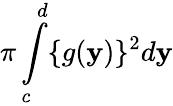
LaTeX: \pi\int\limits_{c}^{d}\{ g(\mathbf{y})\} ^{2}d\mathbf{y}